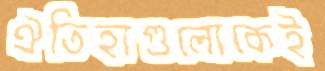
ঐতিহ্যগুলোকেই